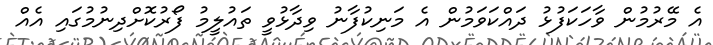
އެ މޭރުމުން ވާހަކަފުޅު ދައްކަވަމުން އެ މަނިކުފާނު ވިދާޅުވީ ތައުލީމު ފޯރުކޮށްދިނުމުގައި އެއް